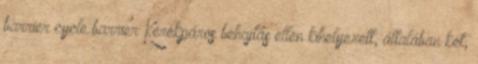
barrier cycle barrier Kerékpáros behajtás ellen kihelyezett, általában két,